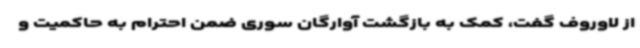
از لاوروف گفت، کمک به بازگشت آوارگان سوری ضمن احترام به حاکمیت و